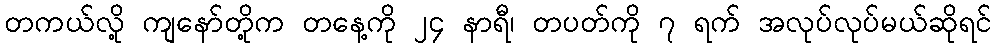
တကယ်လို့ ကျနော်တို့က တနေ့ကို ၂၄ နာရီ၊ တပတ်ကို ၇ ရက် အလုပ်လုပ်မယ်ဆိုရင်